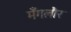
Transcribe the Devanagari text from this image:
मँगलौर